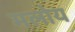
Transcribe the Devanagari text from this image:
मलोय